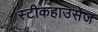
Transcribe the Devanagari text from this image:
स्टीकहाउसेज